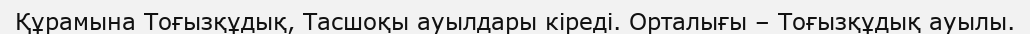
Құрамына Тоғызқұдық, Тасшоқы ауылдары кіреді. Орталығы – Тоғызқұдық ауылы.